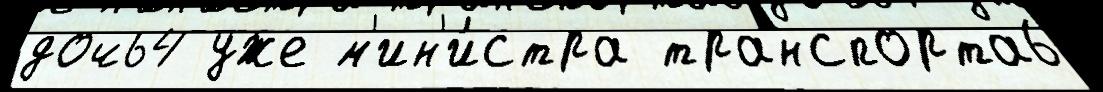
дочь4 уже м'ин'и́стра транспорта6